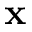
\textbf { x }